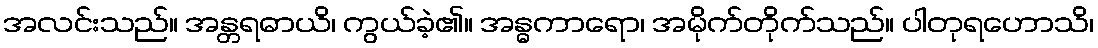
အလင်းသည်။ အန္တရဓာယိ၊ ကွယ်ခဲ့၏။ အန္ဓကာရော၊ အမိုက်တိုက်သည်။ ပါတုရဟောသိ၊